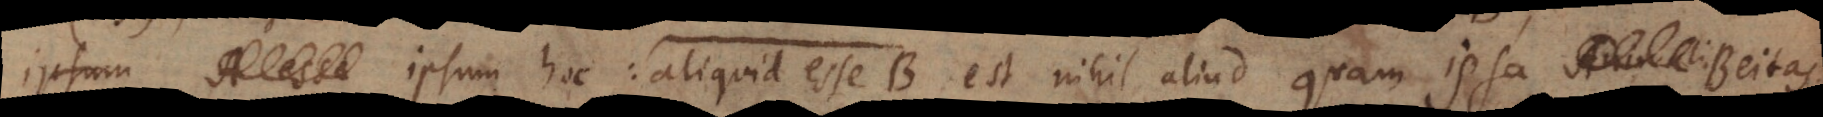
ipsum hoc: aliquid esse B est nihil aliud quam ipsa Beitas.